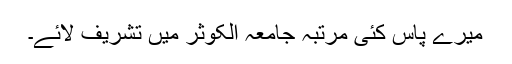
میرے پاس کئی مرتبہ جامعہ الکوثر میں تشریف لائے۔